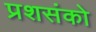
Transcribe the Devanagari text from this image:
प्रशसंको